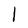
Character: l